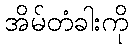
အိမ်တံခါးကို